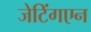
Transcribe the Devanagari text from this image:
जेटिंगएन